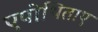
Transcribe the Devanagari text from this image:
एपोथिताए